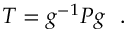
T = g ^ { - 1 } P g \ \ .